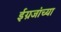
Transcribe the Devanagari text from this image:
ईग्रजांच्या